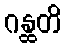
ဂန္ထတိ